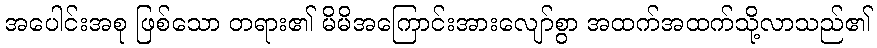
အပေါင်းအစု ဖြစ်သော တရား၏ မိမိအကြောင်းအားလျော်စွာ အထက်အထက်သို့လာသည်၏